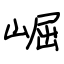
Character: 崛